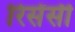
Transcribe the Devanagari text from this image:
रिसेंसी